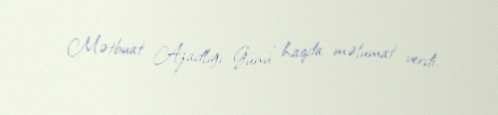
Mətbuat Azadlığı Günü” haqda məlumat verdi.